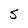
Character: S